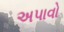
અપાવો